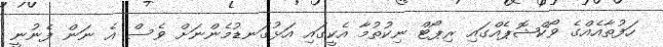
ހަފުތާއެއްގެ ވޯކްޝޮޕެއްގައި ރިޕޯޓް ނިކުތުމާ އެކީގައި އަޅުގަނޑުމެންނަށް ވެސް އެ ނަން ފެނުނީ